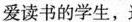
爱读书的学生，